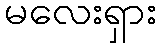
မလေးရှား